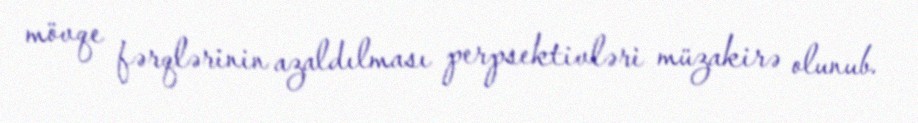
mövqe fərqlərinin azaldılması perpsektivləri müzakirə olunub.